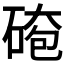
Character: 𪿤